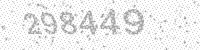
Solution: 298449